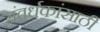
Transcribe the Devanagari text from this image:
संवर्धकांसाठी